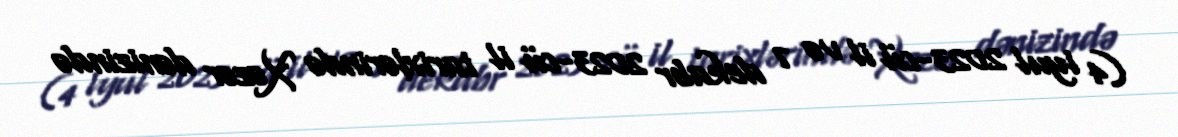
(4 iyul 2023-cü il və 7 dekabr 2023-cü il tarixlərində Xəzər dənizində